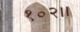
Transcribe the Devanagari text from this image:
१०२।।